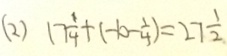
( 2 ) 1 7 \frac { 1 } { 4 } + ( - 1 0 - \frac { 1 } { 4 } ) = 2 7 \frac { 1 } { 2 }